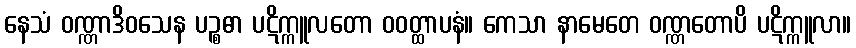
နေသံ ဝဏ္ဏာဒိဝသေန ပဉ္စဓာ ပဋိက္ကူလတော ဝဝတ္ထာပနံ။ ကေသာ နာမေတေ ဝဏ္ဏတောပိ ပဋိက္ကူလာ။